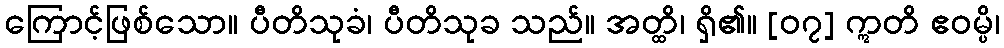
ကြောင့်ဖြစ်သော။ ပီတိသုခံ၊ ပီတိသုခ သည်။ အတ္ထိ၊ ရှိ၏။ [၀၇] ဣတိ ဧဝမ္ပိ၊